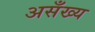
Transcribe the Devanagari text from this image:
असँख्य